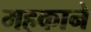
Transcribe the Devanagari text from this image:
महकाने